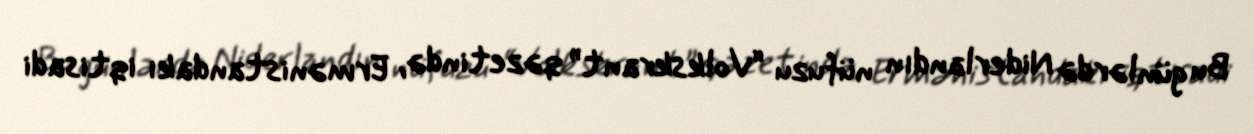
Bu günlərdə Niderlandın nüfuzu “Volkskrant” qəzetində, Ermənistandakı iqtisadi